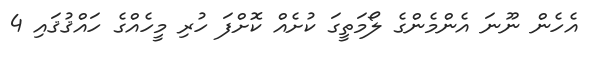
އެހެން ނޫނަ އެންމެންގެ ލޯމަތީގަ ކުށެއް ކޮށްފަ ހުރި މީހެއްގެ ހައްޤުޤައި 4